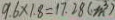
9 . 6 \times 1 . 8 = 1 7 . 2 8 ( m ^ { 3 } )